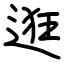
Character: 逛